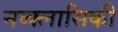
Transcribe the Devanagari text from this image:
नव्क्लासिकी